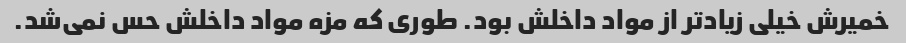
خمیرش خیلی زیادتر از مواد داخلش بود. طوری که مزه‌ مواد داخلش حس نمی‌شد.